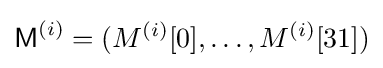
{\textsf {M}}^{(i)}=(M^{(i)}[0],\ldots ,M^{(i)}[31])